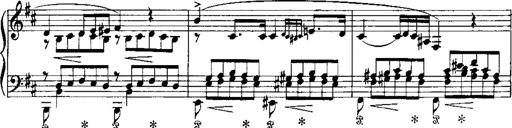
Title: RÃ©miniscences de Norma de Bellini
Composer: Franz Liszt